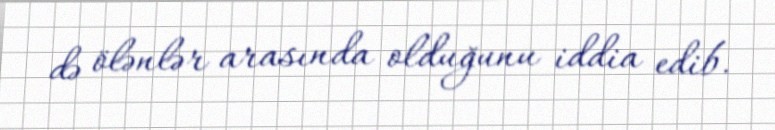
də ölənlər arasında olduğunu iddia edib.